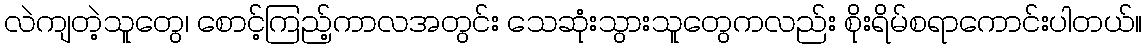
လဲကျတဲ့သူတွေ၊ စောင့်ကြည့်ကာလအတွင်း သေဆုံးသွားသူတွေကလည်း စိုးရိမ်စရာကောင်းပါတယ်။